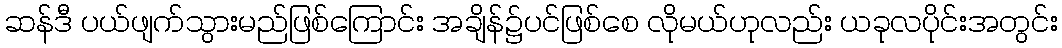
ဆန်ဒီ ပယ်ဖျက်သွားမည်ဖြစ်ကြောင်း အချိန်၌ပင်ဖြစ်စေ လိုမယ်ဟုလည်း ယခုလပိုင်းအတွင်း